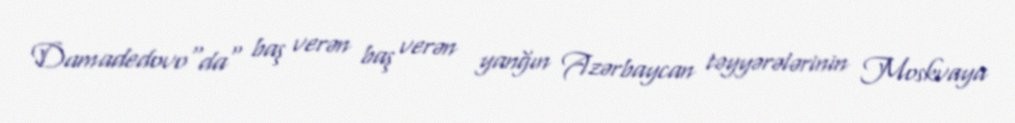
Damadedovo"da" baş verən baş verən yanğın Azərbaycan təyyərələrinin Moskvaya